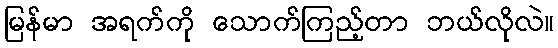
မြန်မာ အရက်ကို သောက်ကြည့်တာ ဘယ်လိုလဲ။